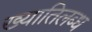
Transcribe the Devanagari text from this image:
ख्‍यातिलब्‍ध